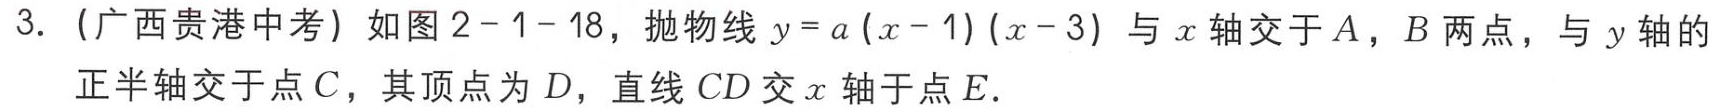
3. (广西贵港中考) 如图2 - 1 - 18，抛物线\(y = a(x - 1)(x - 3)\)与\(x\)轴交于\(A\)，\(B\)两点，与\(y\)轴的正半轴交于点\(C\)，其顶点为\(D\)，直线\(CD\)交\(x\)轴于点\(E\)．